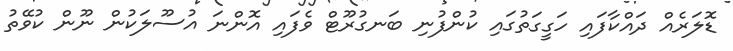
ޑޮލަރެއް ދައްކާފައި ހަގީގަތުގައި ކުންފުނި ބަނގުރޫޓް ވެފައި އޮންނަ އުސޫލަކުން ނޫން ކުވޭތު